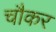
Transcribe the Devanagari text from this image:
चौकर